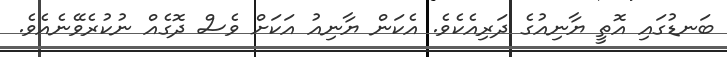
ބަނޑުގައި އޮތީ ޔާނިއުގެ ދަރިއެކެވެ. އެކަން ޔާނިއު އަކަށް ވެސް ދޮގެއް ނުކުރެވޭނެއެވެ.